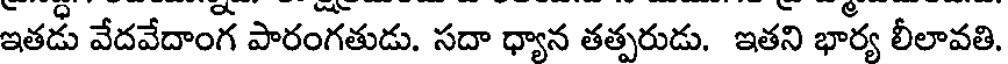
ఇతడు వేదవేదాంగ పారంగతుడు. సదా ధ్యాన తత్పరుడు. ఇతని భార్య లీలావతి.